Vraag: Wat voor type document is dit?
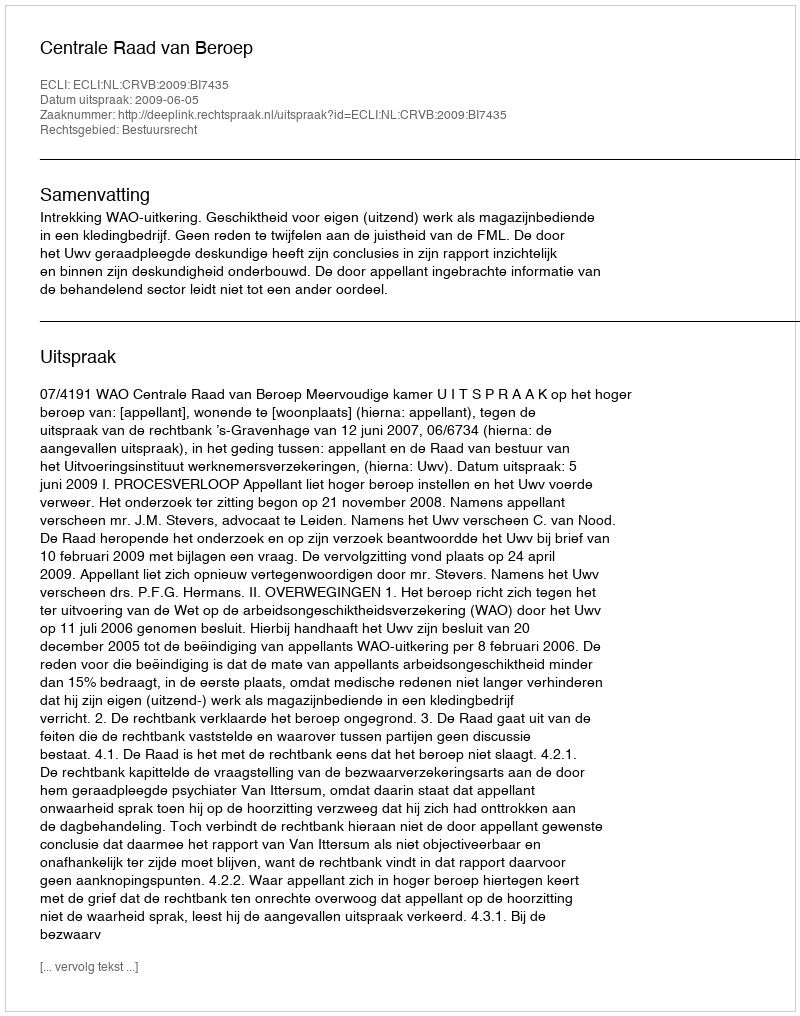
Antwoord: Uitspraak